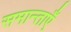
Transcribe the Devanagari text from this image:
समान्ताएँ